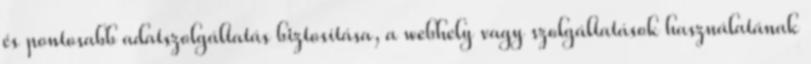
és pontosabb adatszolgáltatás biztosítása, a webhely vagy szolgáltatások használatának